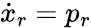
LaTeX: \dot{x}_{r}=p_{r}